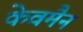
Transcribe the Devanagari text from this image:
केवमैन